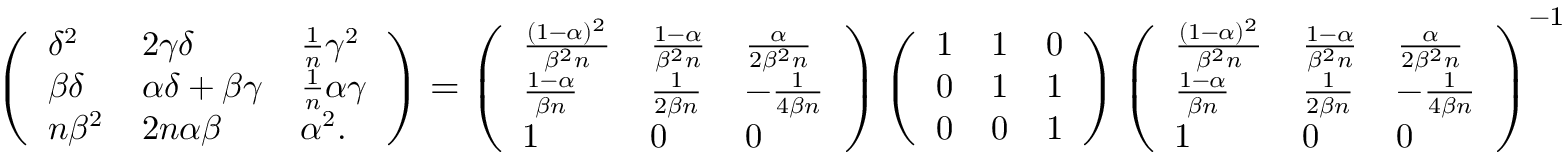
\small \left( \begin{array} { l l l } { \delta ^ { 2 } } & { 2 \gamma \delta } & { \frac { 1 } { n } \gamma ^ { 2 } } \\ { \beta \delta } & { \alpha \delta + \beta \gamma } & { \frac { 1 } { n } \alpha \gamma } \\ { n \beta ^ { 2 } } & { 2 n \alpha \beta } & { \alpha ^ { 2 } . } \end{array} \right) = \left( \begin{array} { l l l } { \frac { ( 1 - \alpha ) ^ { 2 } } { \beta ^ { 2 } n } } & { \frac { 1 - \alpha } { \beta ^ { 2 } n } } & { \frac { \alpha } { 2 \beta ^ { 2 } n } } \\ { \frac { 1 - \alpha } { \beta n } } & { \frac { 1 } { 2 \beta n } } & { - \frac { 1 } { 4 \beta n } } \\ { 1 } & { 0 } & { 0 } \end{array} \right) \left( \begin{array} { l l l } { 1 } & { 1 } & { 0 } \\ { 0 } & { 1 } & { 1 } \\ { 0 } & { 0 } & { 1 } \end{array} \right) \left( \begin{array} { l l l } { \frac { ( 1 - \alpha ) ^ { 2 } } { \beta ^ { 2 } n } } & { \frac { 1 - \alpha } { \beta ^ { 2 } n } } & { \frac { \alpha } { 2 \beta ^ { 2 } n } } \\ { \frac { 1 - \alpha } { \beta n } } & { \frac { 1 } { 2 \beta n } } & { - \frac { 1 } { 4 \beta n } } \\ { 1 } & { 0 } & { 0 } \end{array} \right) ^ { - 1 }